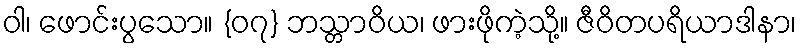
ဝါ၊ ဖောင်းပွသော။ {၀၇} ဘသ္တာဝိယ၊ ဖားဖိုကဲ့သို့။ ဇီဝိတပရိယာဒါနာ၊